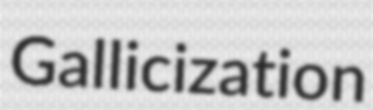
Gallicization